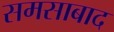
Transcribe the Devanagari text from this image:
समसाबाद